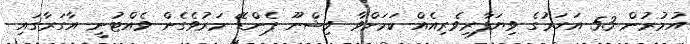
އުމުރުން 53 އަހަރުގެ ވިޔަފާރިވެރިއެއް ކަމަށްވާ ވިޝްނޫ ޕެންޑޭ މަރުވެގެން ވެއްޓުނީ އާގަރާގައި